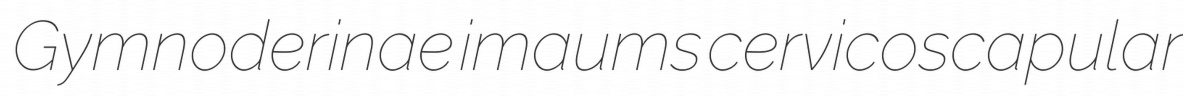
Gymnoderinae imaums cervicoscapular